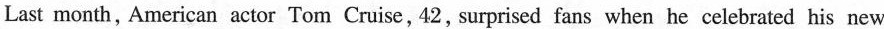
Last month, American actor Tom Cruise, 42, surprised fans when he celebrated his new